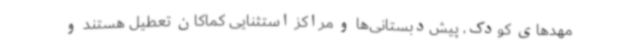
مهدهای کودک، پیش‌دبستانی‌ها و مراکز استثنایی کماکان تعطیل هستند و